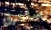
سأحرق